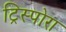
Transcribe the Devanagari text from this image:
ट्रिस्पोरा